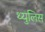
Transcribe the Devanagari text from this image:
थ्युलिस